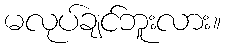
မလုပ်ချင်ဘူးလား။